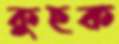
কুহক